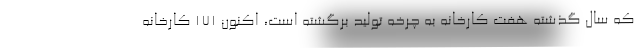
که سال گذشته هفت کارخانه به چرخه تولید برگشته است، اکنون ۱۷۱ کارخانه